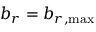
b _ { r } = b _ { r , \operatorname* { m a x } }